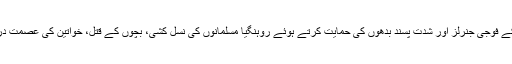
حیران کن طور پر امن کی نوبیل انعام یافتہ آنگ سانگ سوچی نے اپنے ملک کے فوجی جنرلز اور شدت پسند بدھوں کی حمایت کرتے ہوئے روہنگیا مسلمانوں کی نسل کشی، بچوں کے قتل، خواتین کی عصمت دری اور املاک کو نذر آتش کرنے کے سفاکانہ اور غیرانسانی عمل کا دفاع کیا۔